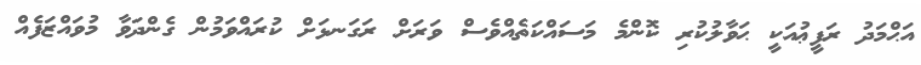
އަޙްމަދު ރަފީޢުއަކީ ޙަވާލުކުރި ކޮންމެ މަަސައްކަތެއްވެސް ވަރަށް ރަގަނޅަށް ކުރައްވަމުން ގެންދަވާ މުވައްޒަފެއް